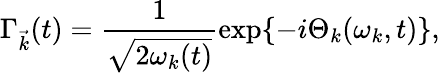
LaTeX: {\Gamma}_{\vec{k}}(t)=\frac{1}{\sqrt{2{\omega}_{k}(t)}}\exp\{ -i{\Theta}_{k}({\omega}_{k},t)\} ,